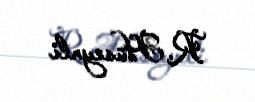
R. Hüseynli